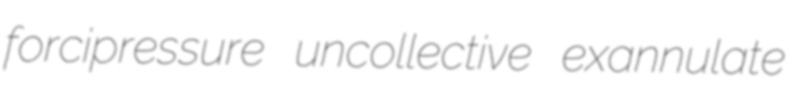
forcipressure uncollective exannulate